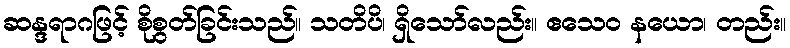
ဆန္ဒရာဂဖြင့် စိုစွတ်ခြင်းသည်။ သတိပိ၊ ရှိသော်လည်း။ ဧသေဝ နယော၊ တည်း။